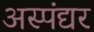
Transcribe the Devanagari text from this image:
अस्पंद्यर